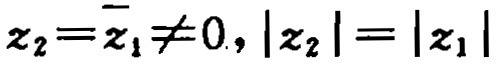
$z_{2}=\overline{z_{1}}\neq 0,|z_{2}| = |z_{1}|$